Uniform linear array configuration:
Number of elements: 32
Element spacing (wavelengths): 0.75
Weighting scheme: exponential
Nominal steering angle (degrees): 60
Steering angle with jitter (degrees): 61.871
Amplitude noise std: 0.05
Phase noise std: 0.05

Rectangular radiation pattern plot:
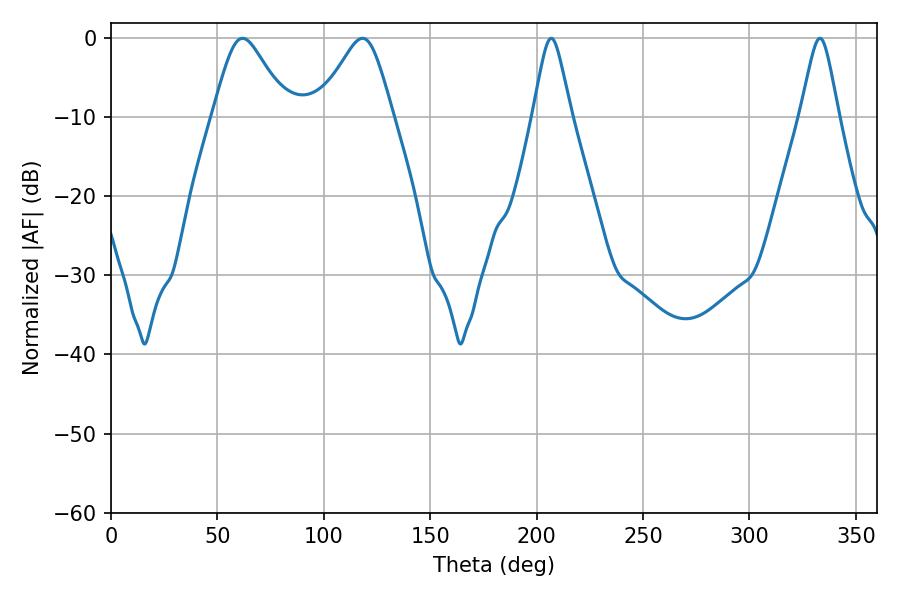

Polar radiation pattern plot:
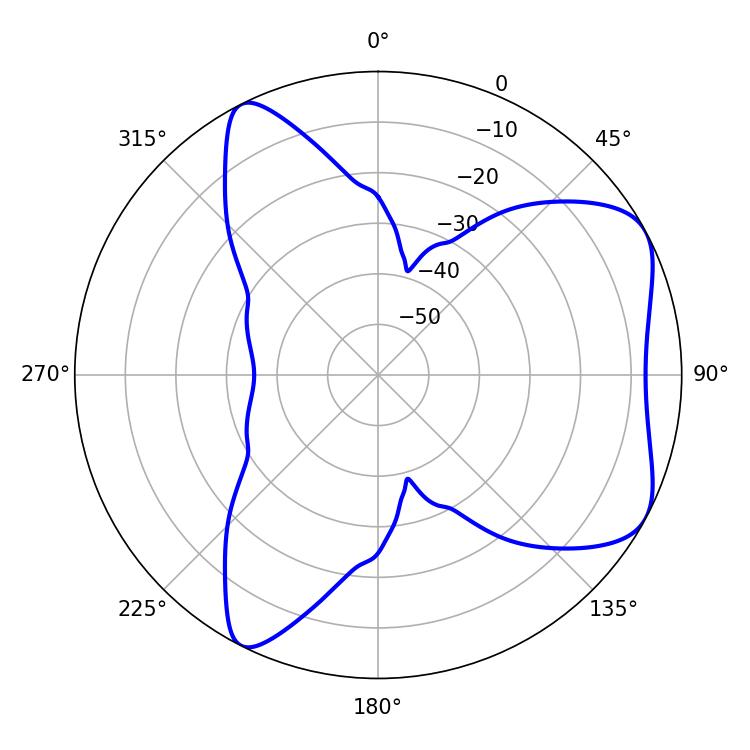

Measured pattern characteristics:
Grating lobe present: TRUE
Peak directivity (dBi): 6.08
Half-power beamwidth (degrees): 17.1
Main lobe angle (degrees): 61.74